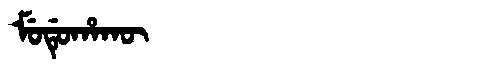
Manchu: ᠮᡠᡩᡠᡥᠠᡴᡡ
Romanization: MUDUHAKŪ